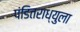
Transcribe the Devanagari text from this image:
पंडितराध्युला